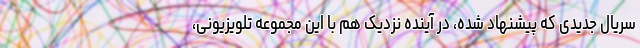
سریال جدیدی که پیشنهاد شده، در آینده نزدیک هم با این مجموعه تلویزیونی،